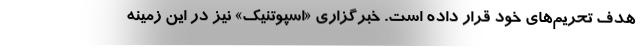
هدف تحریم‌های خود قرار داده است. خبرگزاری «اسپوتنیک» نیز در این زمینه